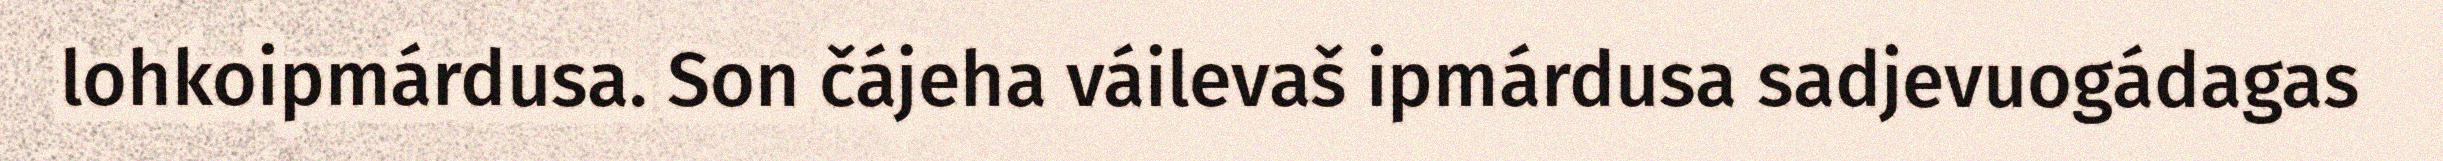
lohkoipmárdusa. Son čájeha váilevaš ipmárdusa sadjevuogádagas